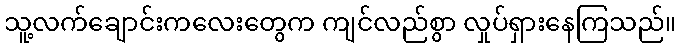
သူ့လက်ချောင်းကလေးတွေက ကျင်လည်စွာ လှုပ်ရှားနေကြသည်။